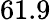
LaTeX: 61.9